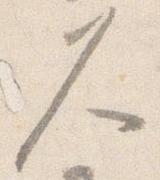
久